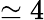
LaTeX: \simeq 4